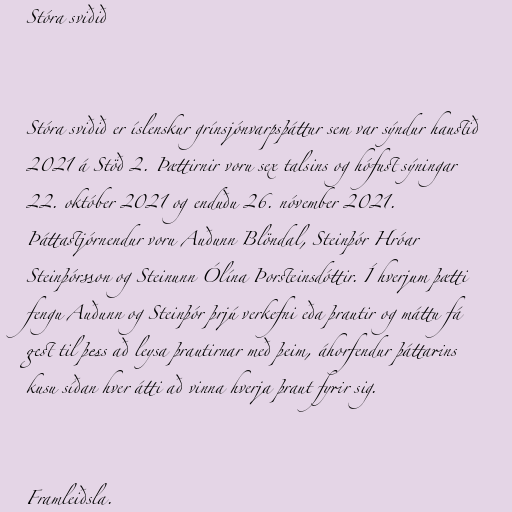
Stóra sviðið

Stóra sviðið er íslenskur grínsjónvarpsþáttur sem var sýndur haustið
2021 á Stöð 2. Þættirnir voru sex talsins og hófust sýningar
22. október 2021 og enduðu 26. nóvember 2021.
Þáttastjórnendur voru Auðunn Blöndal, Steinþór Hróar
Steinþórsson og Steinunn Ólína Þorsteinsdóttir. Í hverjum þætti
fengu Auðunn og Steinþór þrjú verkefni eða þrautir og máttu fá
gest til þess að leysa þrautirnar með þeim, áhorfendur þáttarins
kusu síðan hver átti að vinna hverja þraut fyrir sig.

Framleiðsla.